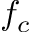
f _ { c }